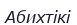
Абихтікі